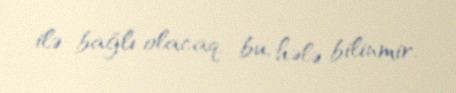
ilə bağlı olacaq, bu, hələ bilinmir.